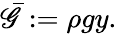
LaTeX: \begin{array}{r}{\bar{\mathscr{G}}:=\rho gy.}\end{array}